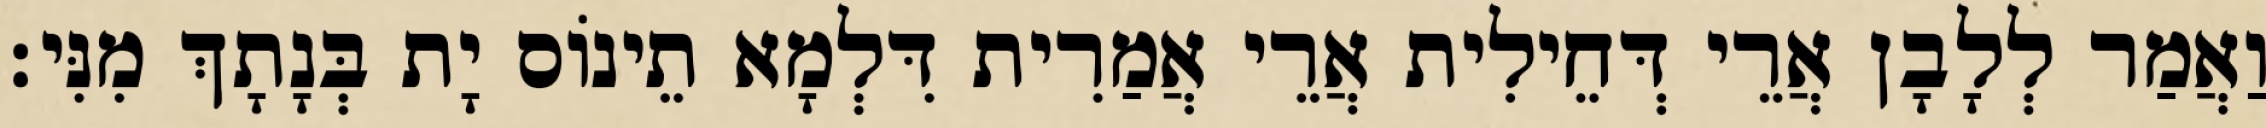
וַאֲמַר לְלָבָן אֲרֵי דְּחֵילִית אֲרֵי אֲמַרִית דִּלְמָא תֵינוֹס יָת בְּנָתָךְ מִנִּי׃